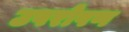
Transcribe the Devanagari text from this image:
उपरोपण